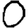
Digit: 0